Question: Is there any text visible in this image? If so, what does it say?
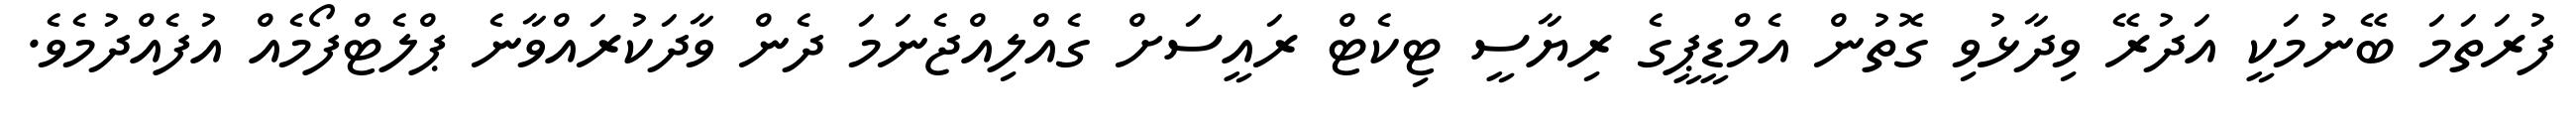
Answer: ފުރަތަމަ ބޭނުމަކީ އަދުރޭ ވިދާޅުވި ގޮތުން އެމްޑީޕީގެ ރިޔާސީ ޓިކެޓް ރައީސަށް ގެއްލިއްޖެނަމަ ދެން ވާދަކުރައްވާނެ ޕްލެޓްފޯމެއް އުފެއްދުމެވެ.